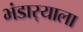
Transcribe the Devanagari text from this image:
भंडार्‍याला